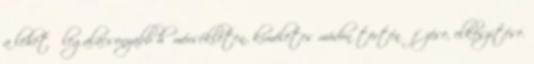
a lehető legalacsonyabb hőmérsékleten, kíméletes módon történő főzése, elkészítése.